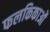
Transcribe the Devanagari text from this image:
फलकिकाओं